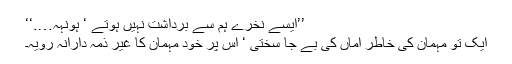
’’ایسے نخرے ہم سے برداشت نہیں ہوتے ‘ ہونہہ….‘‘
ایک تو مہمان کی خاطر اماں کی بے جا سختی ‘ اس پر خود مہمان کا غیر ذمہ دارانہ روّیہ۔